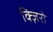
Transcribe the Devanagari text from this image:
क्ज़िरो